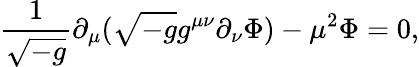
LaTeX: \frac{1}{\sqrt{-g}}\partial_{\mu}(\sqrt{-g}g^{\mu\nu}\partial_{\nu}\Phi)-\mu^{2}\Phi=0,